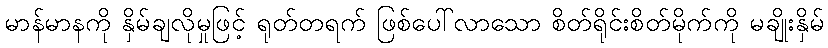
မာန်မာနကို နှိမ်ချလိုမှုဖြင့် ရုတ်တရက် ဖြစ်ပေါ်လာသော စိတ်ရိုင်းစိတ်မိုက်ကို မချိုးနှိမ်